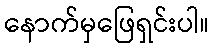
နောက်မှဖြေရှင်းပါ။